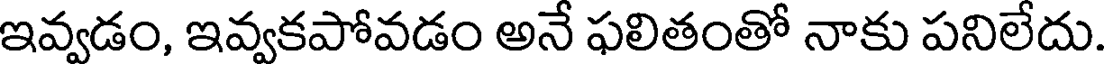
ఇవ్వడం, ఇవ్వకపోవడం అనే ఫలితంతో నాకు పనిలేదు